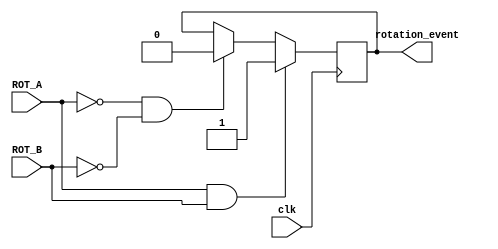
`timescale 1ns / 1ps
//////////////////////////////////////////////////////////////////////////////////
// Company: 
// Engineer: 
// 
// Design Name: 
// Module Name:    rotary_shaft 
// Project Name: 
// Target Devices: 
// Tool versions: 
// Description: 
//
// Dependencies: 
//
// Revision: 
// Revision 0.01 - File Created
// Additional Comments: 
//
//////////////////////////////////////////////////////////////////////////////////
module rotary_shaft(clk, ROT_A, ROT_B, rotation_event);
input clk, ROT_A, ROT_B;
output rotation_event;
reg rotation_event;

always@(posedge clk) begin
	if(ROT_A == 1 & ROT_B == 1) begin
		rotation_event <= 1;
	end
	else if(ROT_A == 0 & ROT_B == 0) begin
		rotation_event <= 0;
	end
end

endmodule